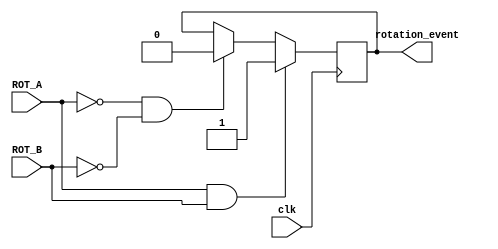
`timescale 1ns / 1ps
//////////////////////////////////////////////////////////////////////////////////
// Company: 
// Engineer: 
// 
// Design Name: 
// Module Name:    rotary_shaft 
// Project Name: 
// Target Devices: 
// Tool versions: 
// Description: 
//
// Dependencies: 
//
// Revision: 
// Revision 0.01 - File Created
// Additional Comments: 
//
//////////////////////////////////////////////////////////////////////////////////
module rotary_shaft(clk, ROT_A, ROT_B, rotation_event);
input clk, ROT_A, ROT_B;
output rotation_event;
reg rotation_event;

always@(posedge clk) begin
	if(ROT_A == 1 & ROT_B == 1) begin
		rotation_event <= 1;
	end
	else if(ROT_A == 0 & ROT_B == 0) begin
		rotation_event <= 0;
	end
end

endmodule